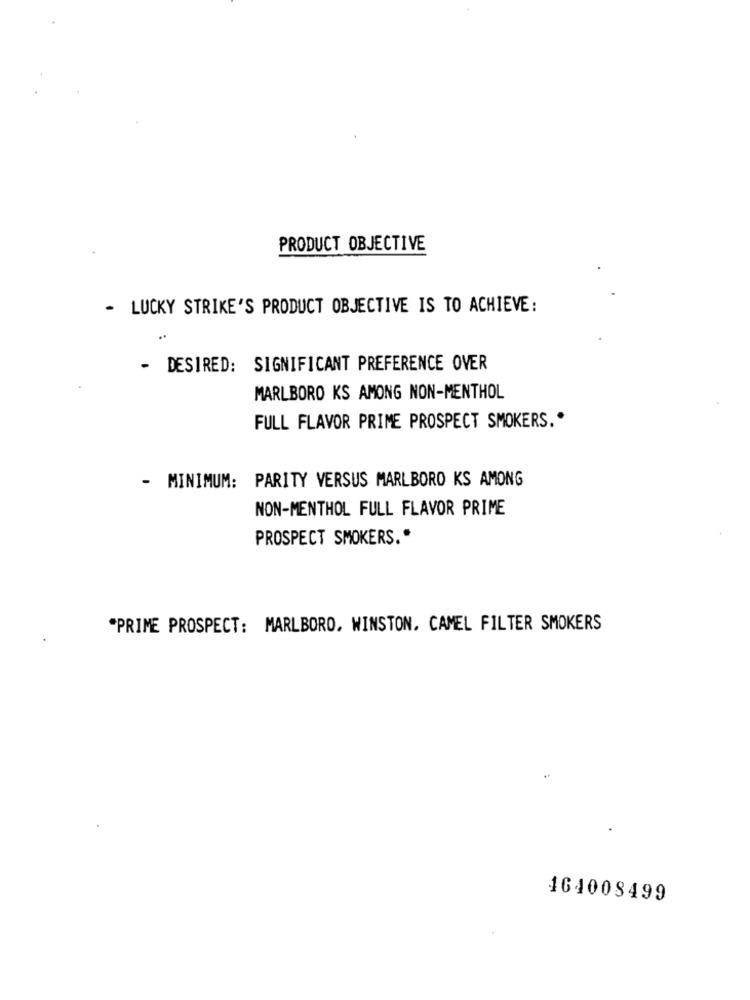
PRODUCT OBJECTIVE
- LUCKY STRIKE'S PRODUCT OBJECTIVE IS TO ACHIEVE:
- DESIRED: SIGNIFICANT PREFERENCE OVER
MARLBORO KS AMONG NON-MENTHOL
FULL FLAVOR PRIME PROSPECT SMOKERS .*
- MINIMUM: PARITY VERSUS MARLBORO KS AMONG
NON-MENTHOL FULL FLAVOR PRIME
PROSPECT SMOKERS .*
*PRIME PROSPECT: MARLBORO, WINSTON. CAMEL FILTER SMOKERS
464008499